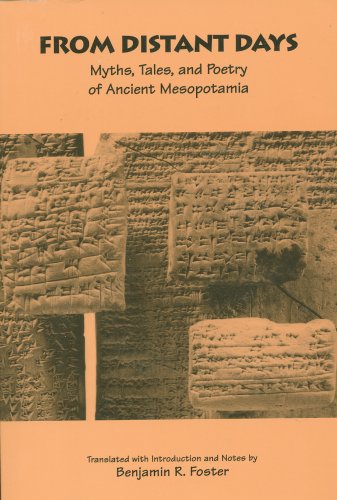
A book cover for From Distant Days: Myths, Tales, and Poetry of Ancient Mesopotamia; Benjamin R. Foster; Literature & Fiction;